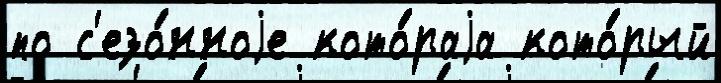
по с'езо́нноjе кото́раjа кото́рый